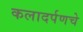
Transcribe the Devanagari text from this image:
कलादर्पणचे